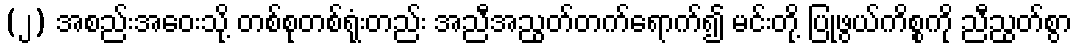
(၂) အစည်းအဝေးသို့ တစ်စုတစ်ရုံးတည်း အညီအညွတ်တက်ရောက်၍ မင်းတို့ ပြုဖွယ်ကိစ္စကို ညီညွတ်စွာ